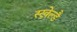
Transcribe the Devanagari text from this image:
स्खेल्डै